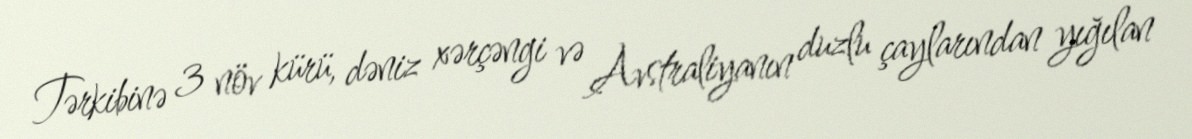
Tərkibinə 3 növ kürü, dəniz xərçəngi və Avstraliyanın duzlu çaylarından yığılan